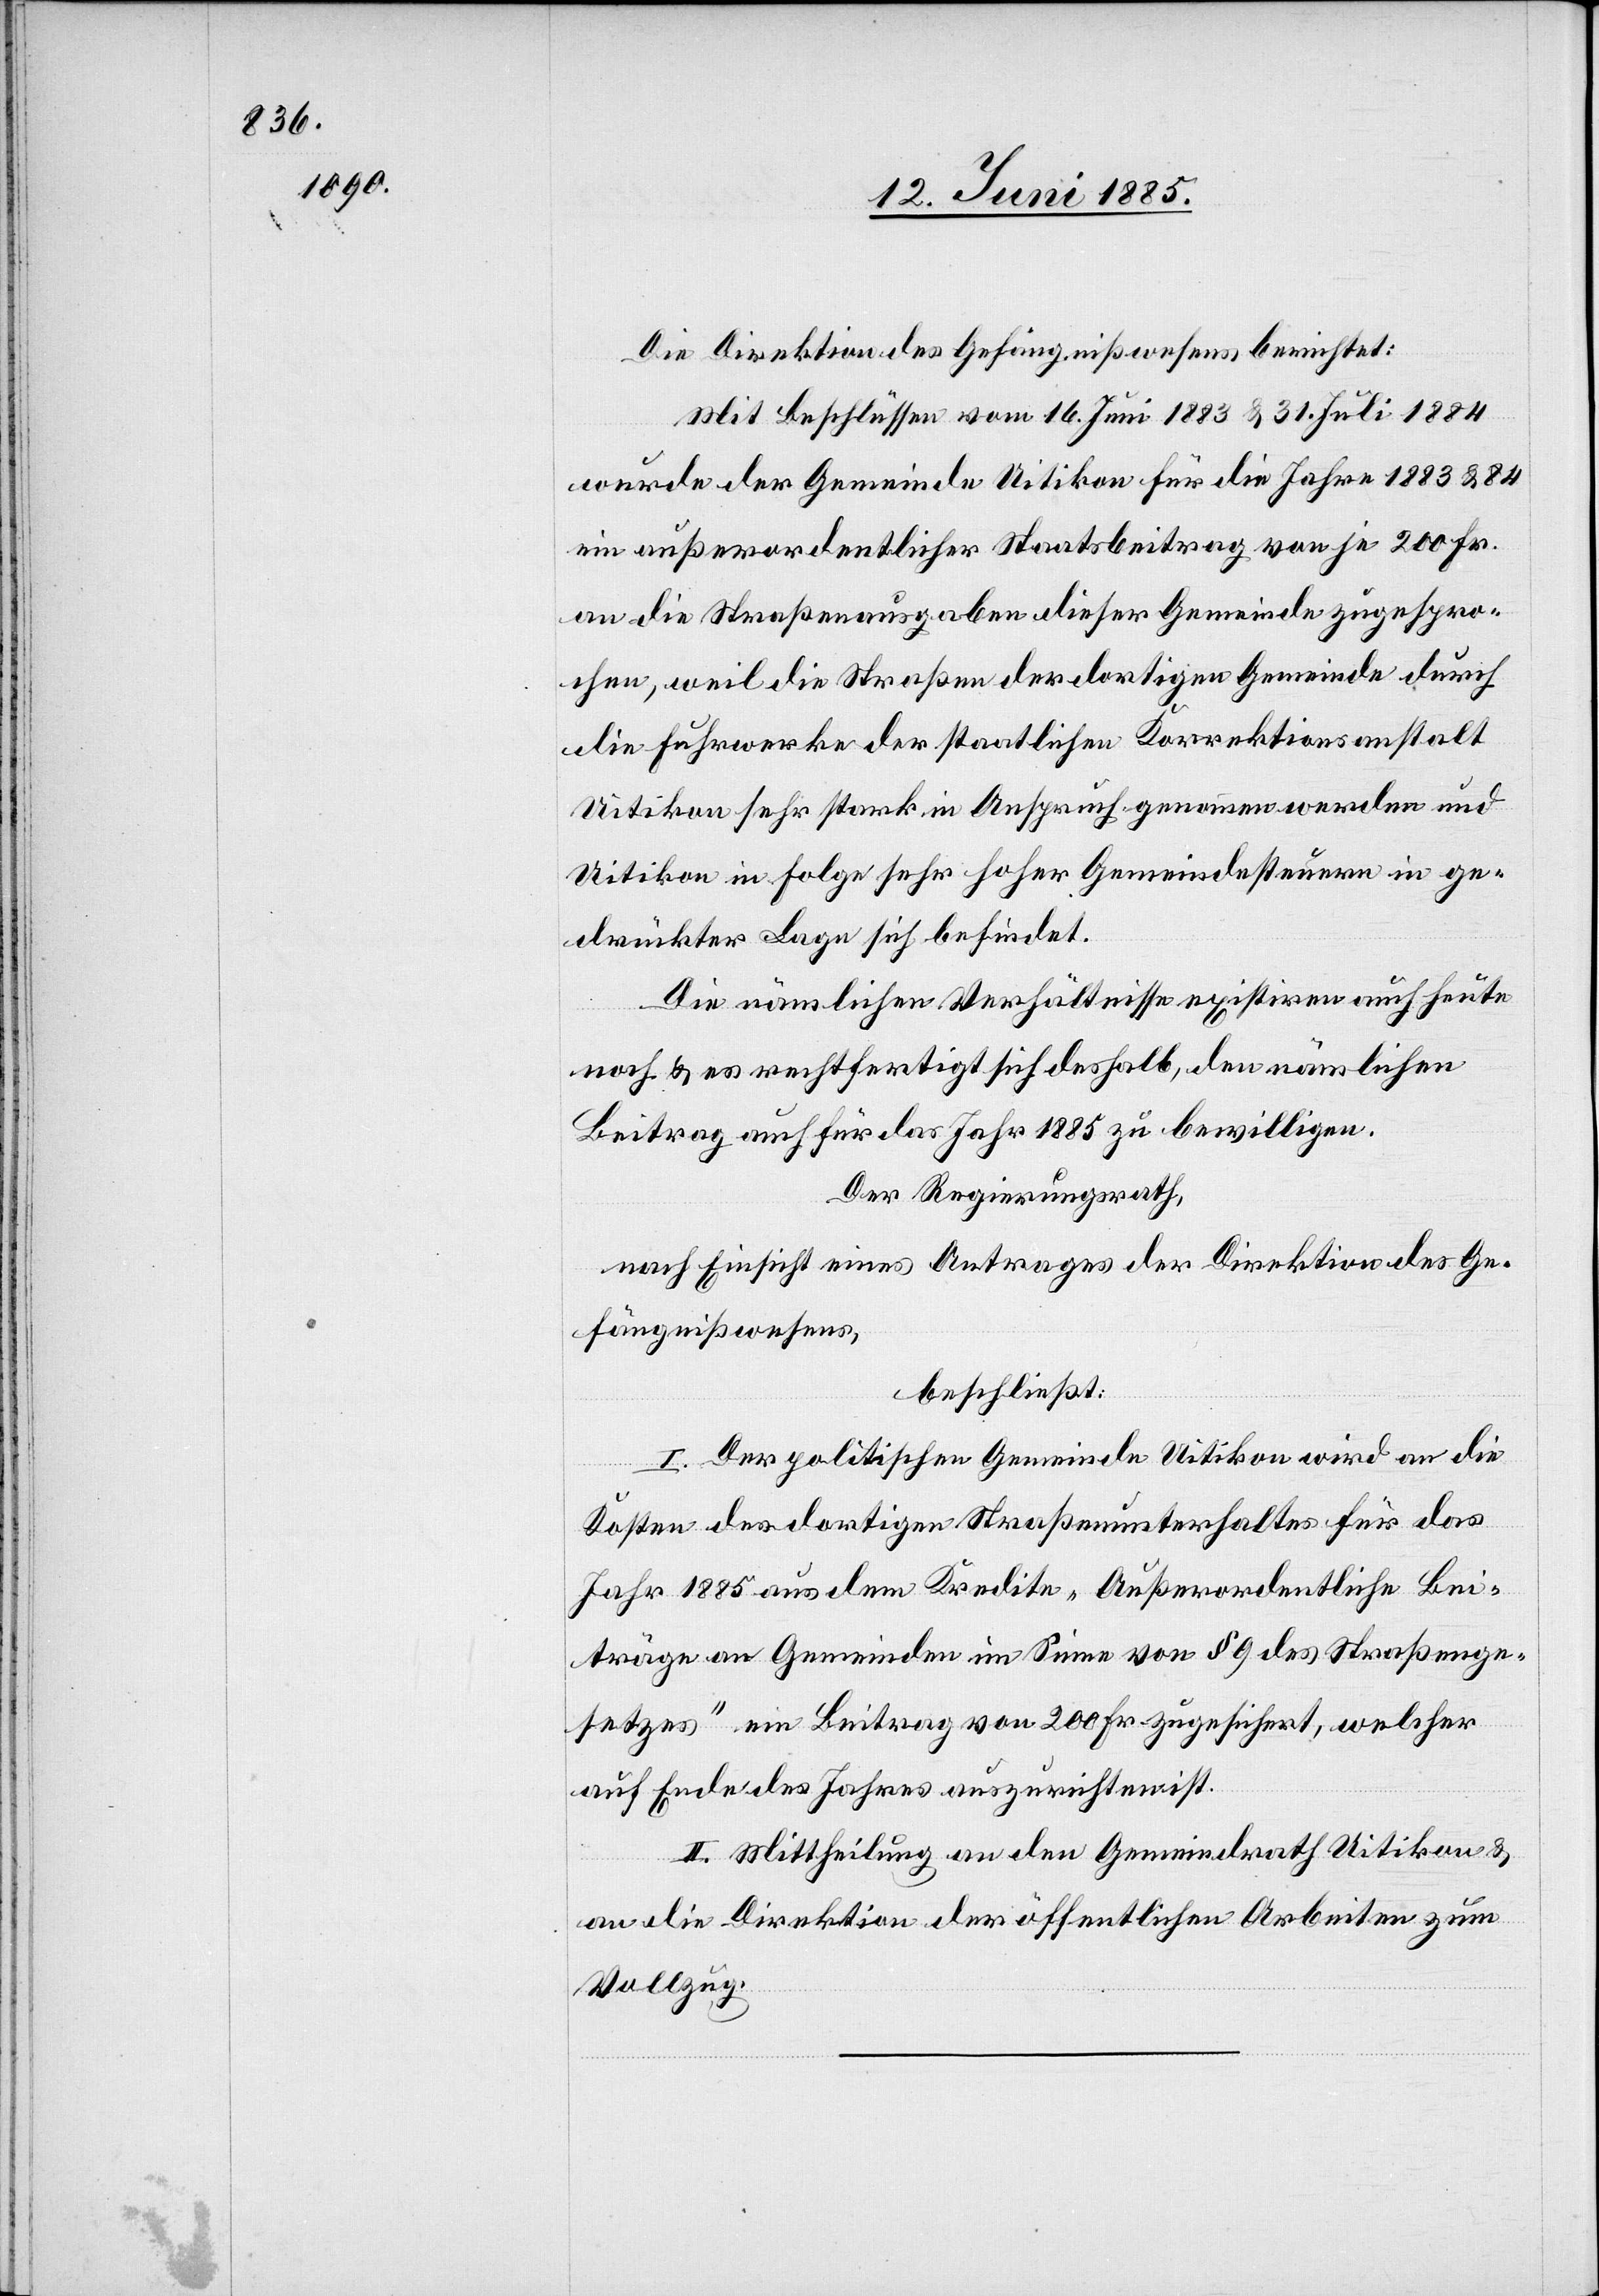
Die Direktion des Gefängnißwesens berichtet:
Mit Beschlüssen vom 16. Juni 1883 & 31. Juli 1884
wurde der Gemeinde Uitikon für die Jahre 1883 & 84
ein außerordentlicher Staatsbeitrag von je 200 Fr.
an die Straßenausgaben dieser Gemeinde zugespro¬
chen, weil die Straßen der dortigen Gemeinde durch
die Fuhrwerke der staatlichen Korrektionsanstalt
Uitikon sehr stark in Anspruch genommen werden und
Uitikon in Folge sehr hohe Gemeindesteuern in ge¬
drückter Lage sich befindet.
Die nämlichen Verhältnisse existiren auch heute
noch & es rechtfertigt sich deshalb, den nämlichen
Beitrag auch für das Jahr 1885 zu bewilligen.
Der Regierungsrath,
nach Einsicht eines Antrages der Direktion des Ge¬
fängnißwesens,
beschließt:
I. Der politischen Gemeinde Uitikon wird an die
Kosten des dortigen Straßenunterhaltes für das
Jahr 1885 aus dem Kredite „Außerordentliche Bei¬
träge an Gemeinden im Sinne von § 9 des Straßenge¬
setzes“ ein Beitrag von 200 Fr. zugesichert, welcher
auf Ende des Jahres auszurichten ist.
II. Mittheilung an den Gemeindrath Uitikon &
an die Direktion der öffentlichen Arbeiten zum
Vollzug.